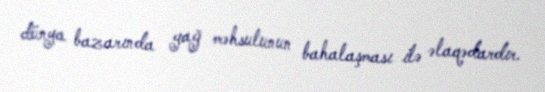
dünya bazarında yağ məhsulunun bahalaşması ilə əlaqədardır.